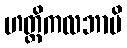
ဟတ္ထိကလဘာပိ